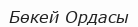
Бөкей Ордасы